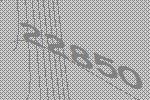
22850